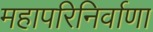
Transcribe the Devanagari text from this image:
महापरिनिर्वाणा